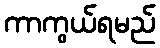
ကာကွယ်ရမည်